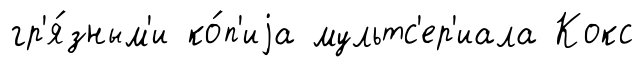
гр'я́зным'и ко́п'иjа мультс'ер'иала Кокс